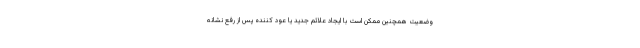
وضعیت همچنین ممکن است با ایجاد علائم جدید یا عود کننده پس از رفع نشانه